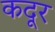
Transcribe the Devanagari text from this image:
कदूर